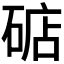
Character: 𱴗